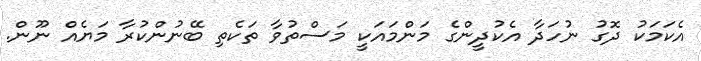
އެކަމަކު ދޮގު ނުހަދާ އެކުދީންގެ މަންމައަކީ މަސްތުވާ ތަކެތި ބޭނުންކުރާ މަޔެއް ނޫން.